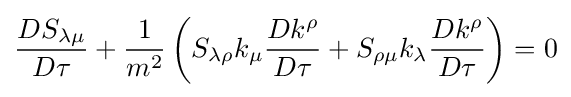
{\frac {DS_{\lambda \mu }}{D\tau }}+{\frac {1}{m^{2}}}\left(S_{\lambda \rho }k_{\mu }{\frac {Dk^{\rho }}{D\tau }}+S_{\rho \mu }k_{\lambda }{\frac {Dk^{\rho }}{D\tau }}\right)=0